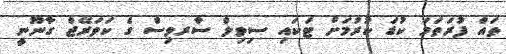
ތައް ފުރަތަމަ ކުޑަ ކުރުމަށް ޓަކައި ސިވިލް ސާރވިސް ގެ ކަވަރޭޖް ގާނޫނީ